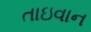
તાઇવાન